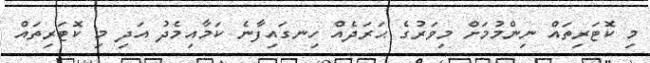
މި ކޮޓަރިތައް ނިންމުމަށް މިވަރުގެ ޙަރަދެއް ހިނގައިފާނެ ކަމާއިމެދު އަދި މި ކޮޓަރިތައް